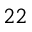
^ { 2 2 }